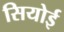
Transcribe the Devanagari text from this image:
सियोई